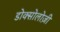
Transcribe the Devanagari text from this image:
डोक्सोलोज़ी